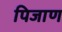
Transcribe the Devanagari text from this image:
पिजाण